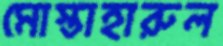
মোস্তাহারুল